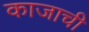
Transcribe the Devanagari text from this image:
काजाची